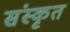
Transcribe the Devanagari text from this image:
संंस्कृृत